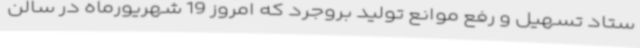
ستاد تسهیل و رفع موانع تولید بروجرد که امروز 19 شهریورماه در سالن